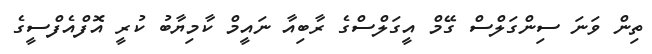
ތިން ވަނަ ސިންގަލްސް ގޭމް އީގަލްސްގެ ރާބިއާ ނައީމް ކާމިޔާބު ކުރީ އޮފްއެފްސީގެ